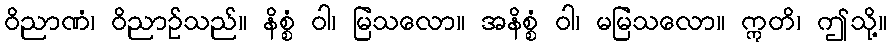
ဝိညာဏံ၊ ဝိညာဉ်သည်။ နိစ္စံ ဝါ၊ မြဲသလော။ အနိစ္စံ ဝါ၊ မမြဲသလော။ ဣတိ၊ ဤသို့။